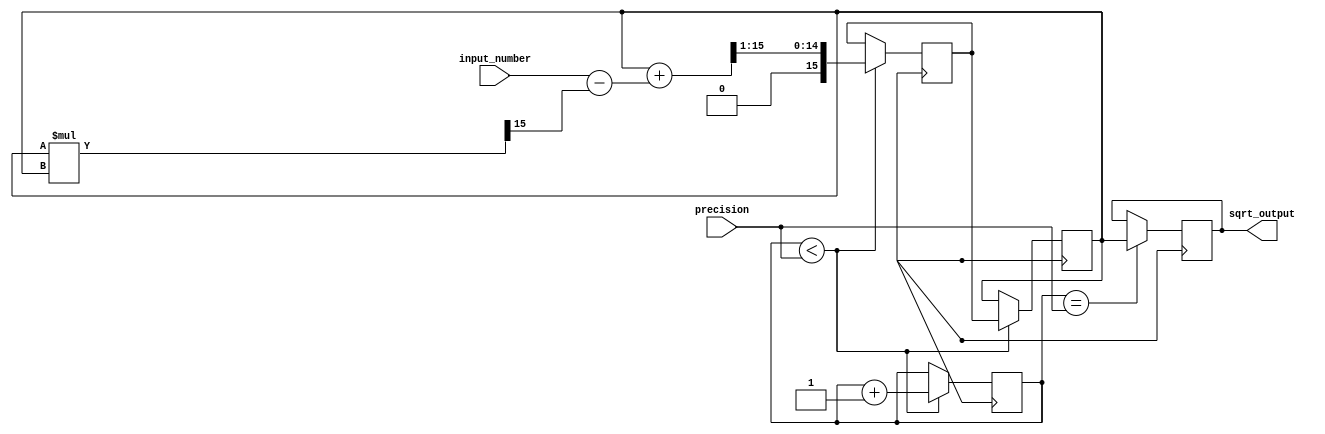
module fixed_point_sqrt (
  input [15:0] input_number,
  input [7:0] precision,
  output reg [15:0] sqrt_output
);

reg [15:0] next_approx;
reg [15:0] approx;
reg [15:0] error;
reg [7:0] count;

always @(posedge clk) begin
  if (count < precision) begin
    next_approx <= (approx + (input_number - (approx * approx >> 15))) >> 1;
    approx <= next_approx;
    count <= count + 1;
  end
end

always @(posedge clk) begin
  if (count == precision) begin
    sqrt_output <= approx;
  end
end

endmodule